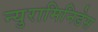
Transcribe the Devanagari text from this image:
न्युरामिनिडेस